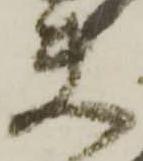
夫